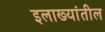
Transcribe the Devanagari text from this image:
इलाख्यांतील